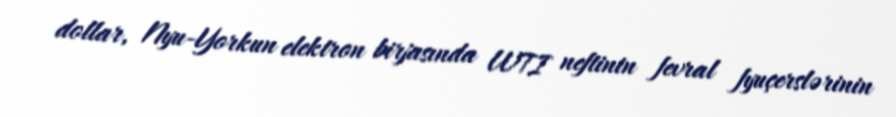
dollar, Nyu-Yorkun elektron birjasında WTI neftinin fevral fyuçerslərinin